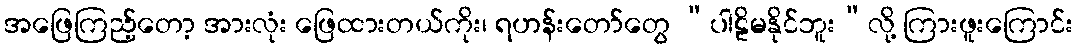
အဖြေကြည့်တော့ အားလုံး ဖြေထားတယ်ကိုး၊ ရဟန်းတော်တွေ “ပါဠိမနိုင်ဘူး”လို့ ကြားဖူးကြောင်း